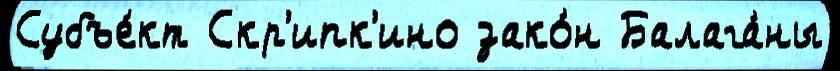
Субъе́кт Скр'ипк'ино зако́н Балага́ны